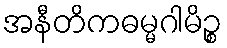
အနီတိကဓမ္မဂါမိဉ္စ